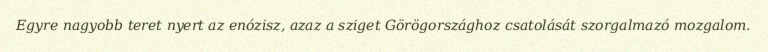
Egyre nagyobb teret nyert az enózisz, azaz a sziget Görögországhoz csatolását szorgalmazó mozgalom.